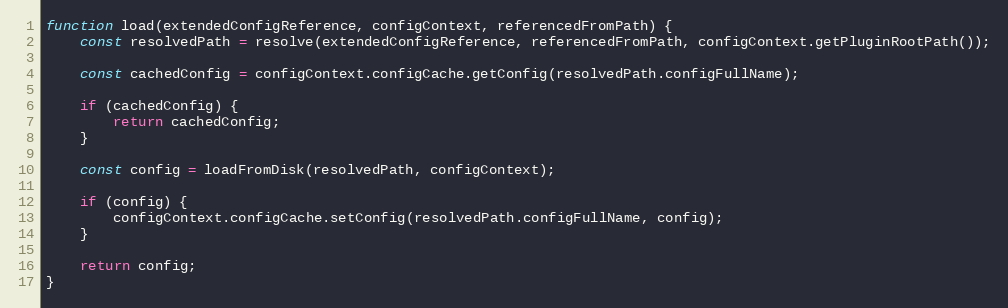
Language: JavaScript
function load(extendedConfigReference, configContext, referencedFromPath) {
    const resolvedPath = resolve(extendedConfigReference, referencedFromPath, configContext.getPluginRootPath());

    const cachedConfig = configContext.configCache.getConfig(resolvedPath.configFullName);

    if (cachedConfig) {
        return cachedConfig;
    }

    const config = loadFromDisk(resolvedPath, configContext);

    if (config) {
        configContext.configCache.setConfig(resolvedPath.configFullName, config);
    }

    return config;
}